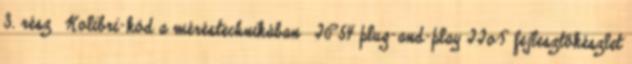
3. rész» Kolibri-kód a méréstechnikában» IP54 plug-and-play IIoT fejlesztőkészlet